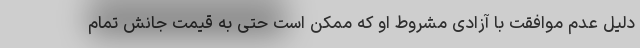
دلیل عدم موافقت با آزادی مشروط او که ممکن است حتی به قیمت جانش تمام